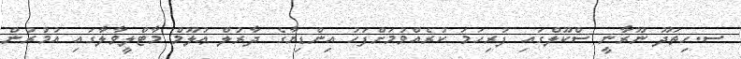
ސ.ހިތަދޫ ނޫރާނީ ސްކޫލްގައި ފުރިހަމަ ކުރެއްވުމަށްފަހު އިންޑިޔާގެ ދާރުލް ޢުލޫމް މާޓްލީވާލާގައި އުމުރުން